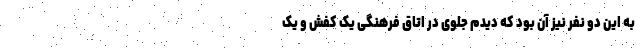
به این دو نفر نیز آن بود که دیدم جلوی در اتاق فرهنگی یک کفش و یک